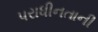
પરાધીનતાની